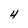
Character: 4